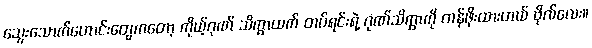
သွေးသောက်ဟောင်းတွေကတော့ ကိုယ့်ဂုဏ် သိက္ခာထက် တပ်ရင်းရဲ့ ဂုဏ်သိက္ခာကို တန်ဖိုးထားတယ် ဗိုလ်လေး။